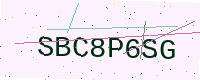
Text: SBC8P6SG